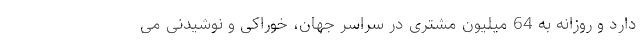
دارد و روزانه به 64 میلیون مشتری در سراسر جهان، خوراکی و نوشیدنی می